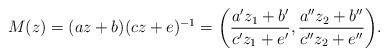
LaTeX: \begin{align*}M(z) = (az+b)(cz+e)^{-1} = \biggl(\frac{a'z_1+b'}{c'z_1+e'},\frac{a''z_2+b''}{c''z_2+e''}\biggr).\end{align*}